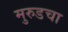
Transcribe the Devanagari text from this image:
मुरुडचा